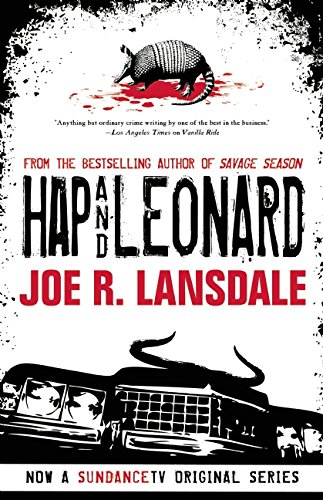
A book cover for Hap and Leonard; Joe R. Lansdale; Mystery, Thriller & Suspense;